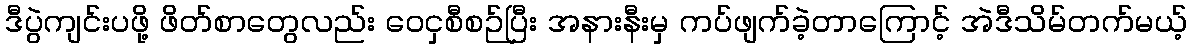
ဒီပွဲကျင်းပဖို့ ဖိတ်စာတွေလည်း ဝေငှစီစဉ်ပြီး အနားနီးမှ ကပ်ဖျက်ခဲ့တာကြောင့် အဲဒီသိမ်တက်မယ့်